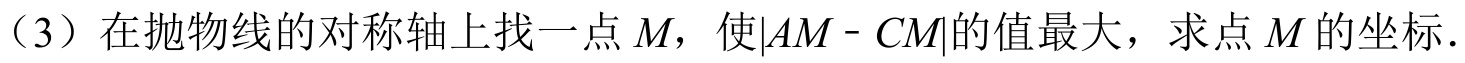
（3）在抛物线的对称轴上找一点\(M\)，使\(\vert AM - CM\vert\)的值最大，求点\(M\)的坐标.